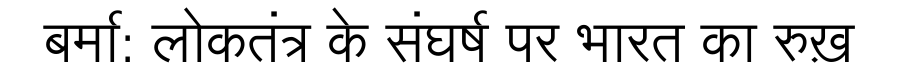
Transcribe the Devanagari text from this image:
बर्मा: लोकतंत्र के संघर्ष पर भारत का रुख़